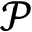
\mathcal { P }